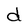
Character: d